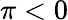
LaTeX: \pi<0